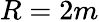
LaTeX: R=2m